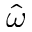
\hat { \omega }